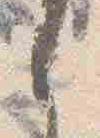
之